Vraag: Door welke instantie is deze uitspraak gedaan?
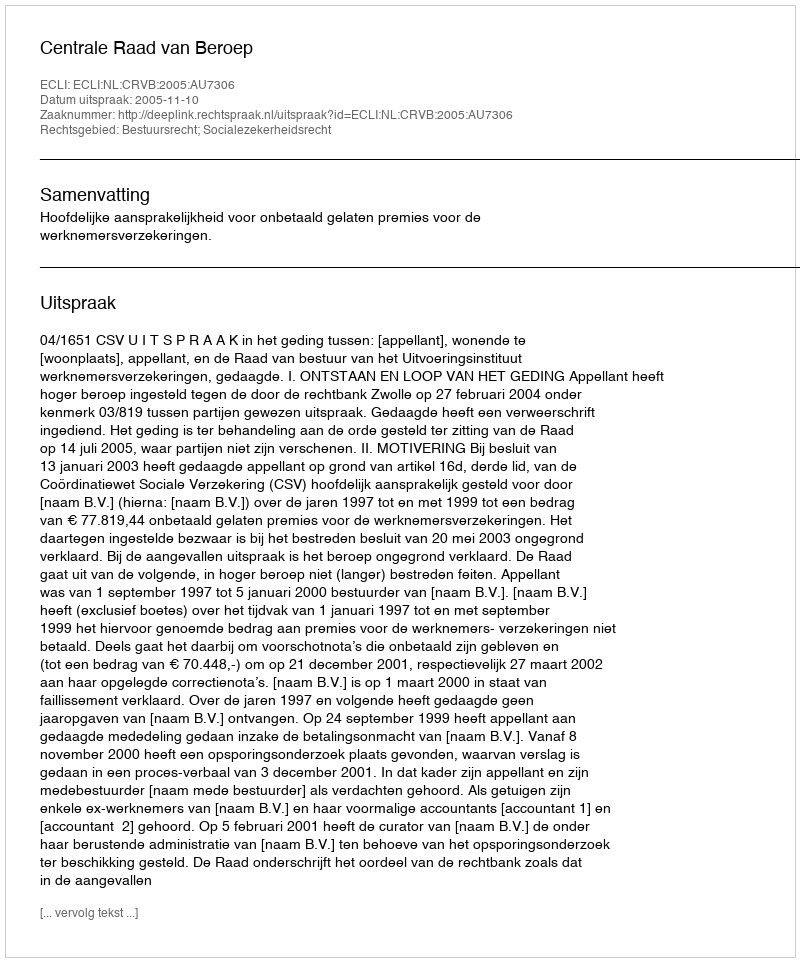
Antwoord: Centrale Raad van Beroep